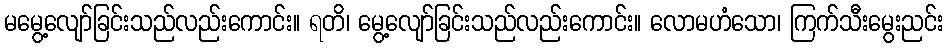
မမွေ့လျော်ခြင်းသည်လည်းကောင်း။ ရတိ၊ မွေ့လျော်ခြင်းသည်လည်းကောင်း။ လောမဟံသော၊ ကြက်သီးမွေးညင်း